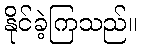
နိုင်ခဲ့ကြသည်။